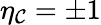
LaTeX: \eta_{\mathcal{C}}=\pm1